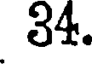
34.